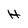
Character: H